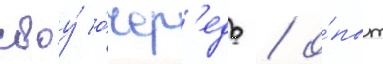
своу́ о́чер'едь / о́пыт